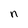
Character: n